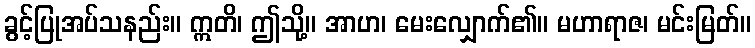
ခွင့်ပြုအပ်သနည်း။ ဣတိ၊ ဤသို့။ အာဟ၊ မေးလျှောက်၏။ မဟာရာဇ၊ မင်းမြတ်။